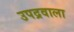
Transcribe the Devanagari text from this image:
उपद्रवाला